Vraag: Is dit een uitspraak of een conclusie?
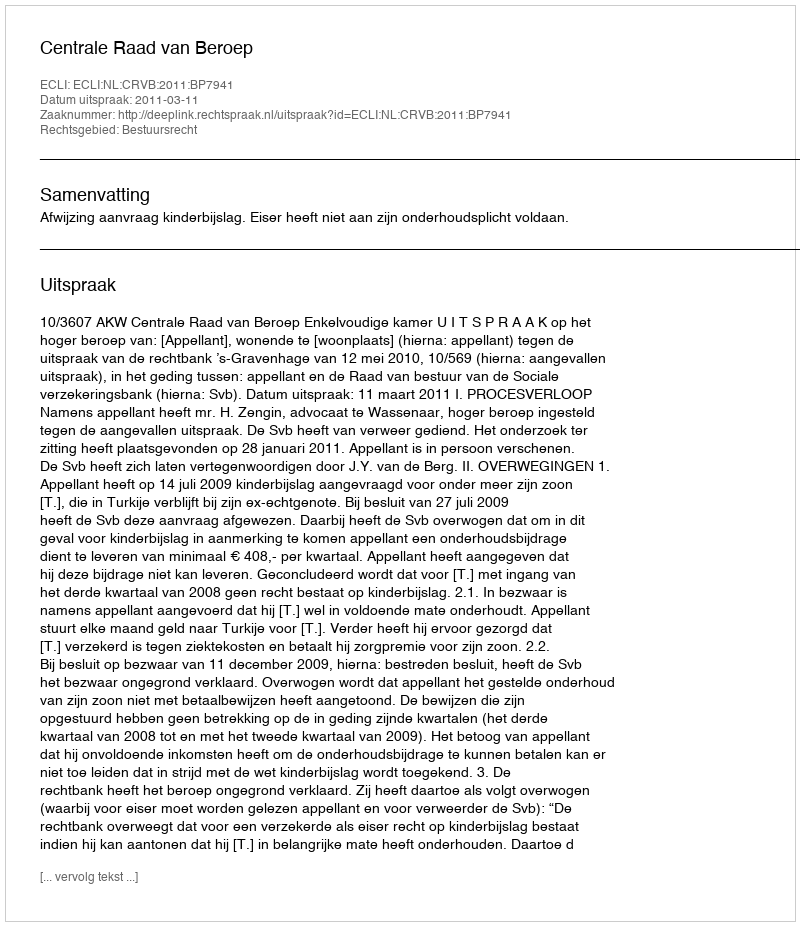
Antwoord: Uitspraak